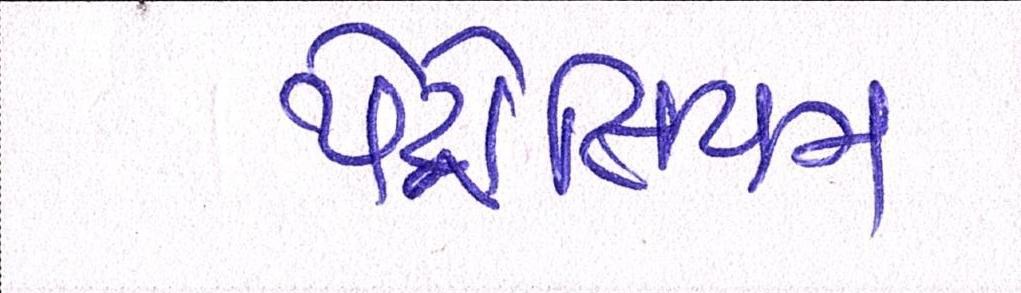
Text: પેટ્રોલિયમ